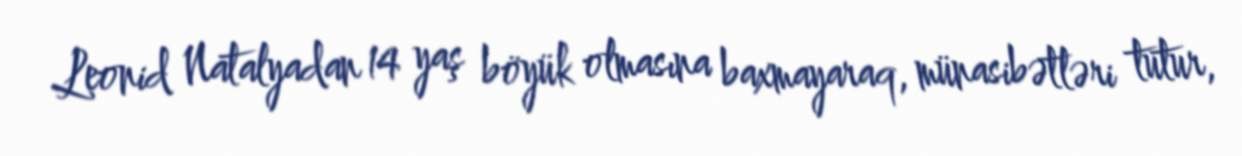
Leonid Natalyadan 14 yaş böyük olmasına baxmayaraq, münasibətləri tutur,